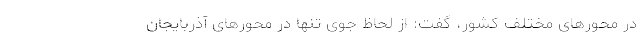
در محورهای مختلف کشور، گفت: از لحاظ جوی تنها در محورهای آذربایجان